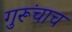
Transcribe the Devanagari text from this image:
गुरूंचाच